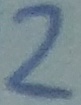
Text: 2